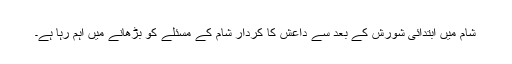
شام میں ابتدائی شورش کے بعد سے داعش کا کردار شام کے مسئلے کو بڑھانے میں اہم رہا ہے۔